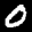
Label: 0